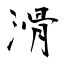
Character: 滑